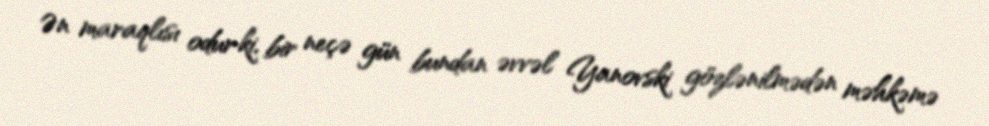
Ən maraqlısı odur ki, bir neçə gün bundan əvvəl Yanovski gözlənilmədən məhkəmə